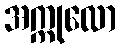
အက္ကုလော